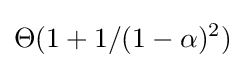
\Theta (1+1/(1-\alpha )^{2})